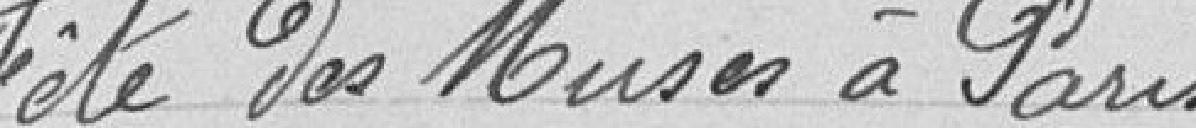
Fête des Muses à Paris